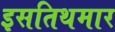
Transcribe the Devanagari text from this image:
इसतिथमार